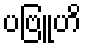
ပဗြူဟိ